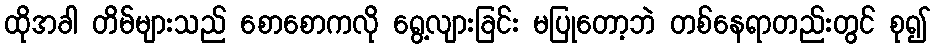
ထိုအခါ တိမ်များသည် စောစောကလို ရွေ့လျားခြင်း မပြုတော့ဘဲ တစ်နေရာတည်းတွင် စု၍